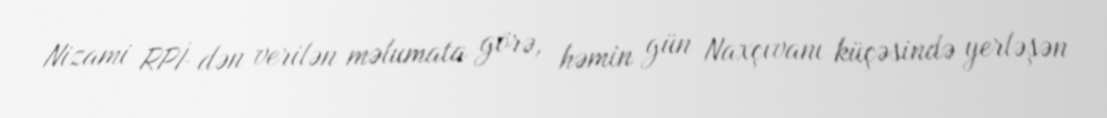
Nizami RPİ-dən verilən məlumata görə, həmin gün Naxçıvanı küçəsində yerləşən